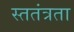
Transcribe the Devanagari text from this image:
स्ततंत्रता